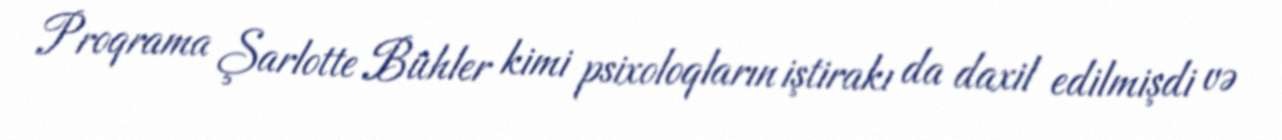
Proqrama Şarlotte Bühler kimi psixoloqların iştirakı da daxil edilmişdi və